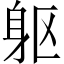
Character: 躯